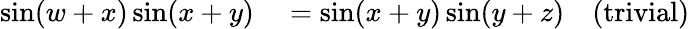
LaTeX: \begin{array}{rlr}{\sin(w+x)\sin(x+y)}&{{}=\sin(x+y)\sin(y+z)}&{{\mathrm{(trivial)}}}\end{array}